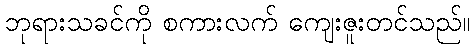
ဘုရားသခင်ကို စကားလက် ကျေးဇူးတင်သည်။